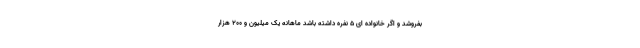
بفروشد و اگر خانواده ای ۵ نفره داشته باشد ماهانه یک میلیون و ۲۰۰ هزار